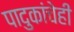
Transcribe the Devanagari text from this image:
पादुकांचेही